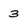
Character: 3